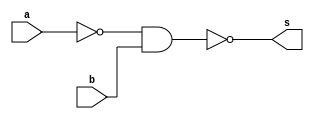
// ----------------------------------------------------------------------------
/**
 Exemplo_0503 - GATES
 Nome: Gabriel Vargas Bento de Souza
 Matricula: 778023
 */
// ----------------------------------------------------------------------------
/*
 f5_gate (a | ~b)
 m a b s
 0 0 0 1
 1 0 1 0
 2 1 0 1
 3 1 1 1
*/
// ----------------------------------------------------------------------------
module f5a (output s,
            input  a,
            input  b);

 // definir dado local
    wire nand_a;

 // descrever por portas
    nand NAND1 (nand_a, a, a);
    nand NAND2 (s, nand_a, b);
endmodule // f5a
// ----------------------------------------------------------------------------
/*
 f5_gate (a | ~b)
 m a b s
 0 0 0 1
 1 0 1 0
 2 1 0 1
 3 1 1 1
*/
// ----------------------------------------------------------------------------
module f5b (output s,
            input  a,
            input  b);

 // descrever por expressao
    assign s = a | ~b;
endmodule // f5b

module test_f5;
// -------------------------------------------------------------- definir dados
    reg x; reg y;
    wire a, b;

    f5a moduloA (a, x, y);
    f5b moduloB (b, x, y);
// ------------------------------------------------------------ parte principal
initial
 begin : main
   $display("Exemplo_0503 - Gabriel Vargas Bento de Souza - 778023");
   $display("Test module  - (a | ~b)");
   $display(" x  y  a  b");
 
   // projetar testes do modulo
   $monitor("%2b %2b %2b %2b", x, y, a, b);
      x = 1'b0; y = 1'b0;
   #1 x = 1'b0; y = 1'b1;
   #1 x = 1'b1; y = 1'b0;
   #1 x = 1'b1; y = 1'b1;
 end
endmodule // test_f5

// --------------------------------------------------------------------- testes
/*
C:\Users\Gabriel\Desktop\CC-PUC\2Periodo\ARQ1\Tarefas\Guia05>vvp Exemplo_0503.vvp
Exemplo_0503 - Gabriel Vargas Bento de Souza - 778023
Test module  - (a | ~b)
 x  y  a  b
 0  0  1  1
 0  1  0  0
 1  0  1  1
 1  1  1  1
*/